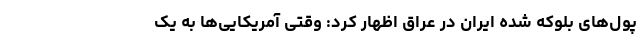
پول‌های بلوکه شده ایران در عراق اظهار کرد: وقتی آمریکایی‌ها به یک